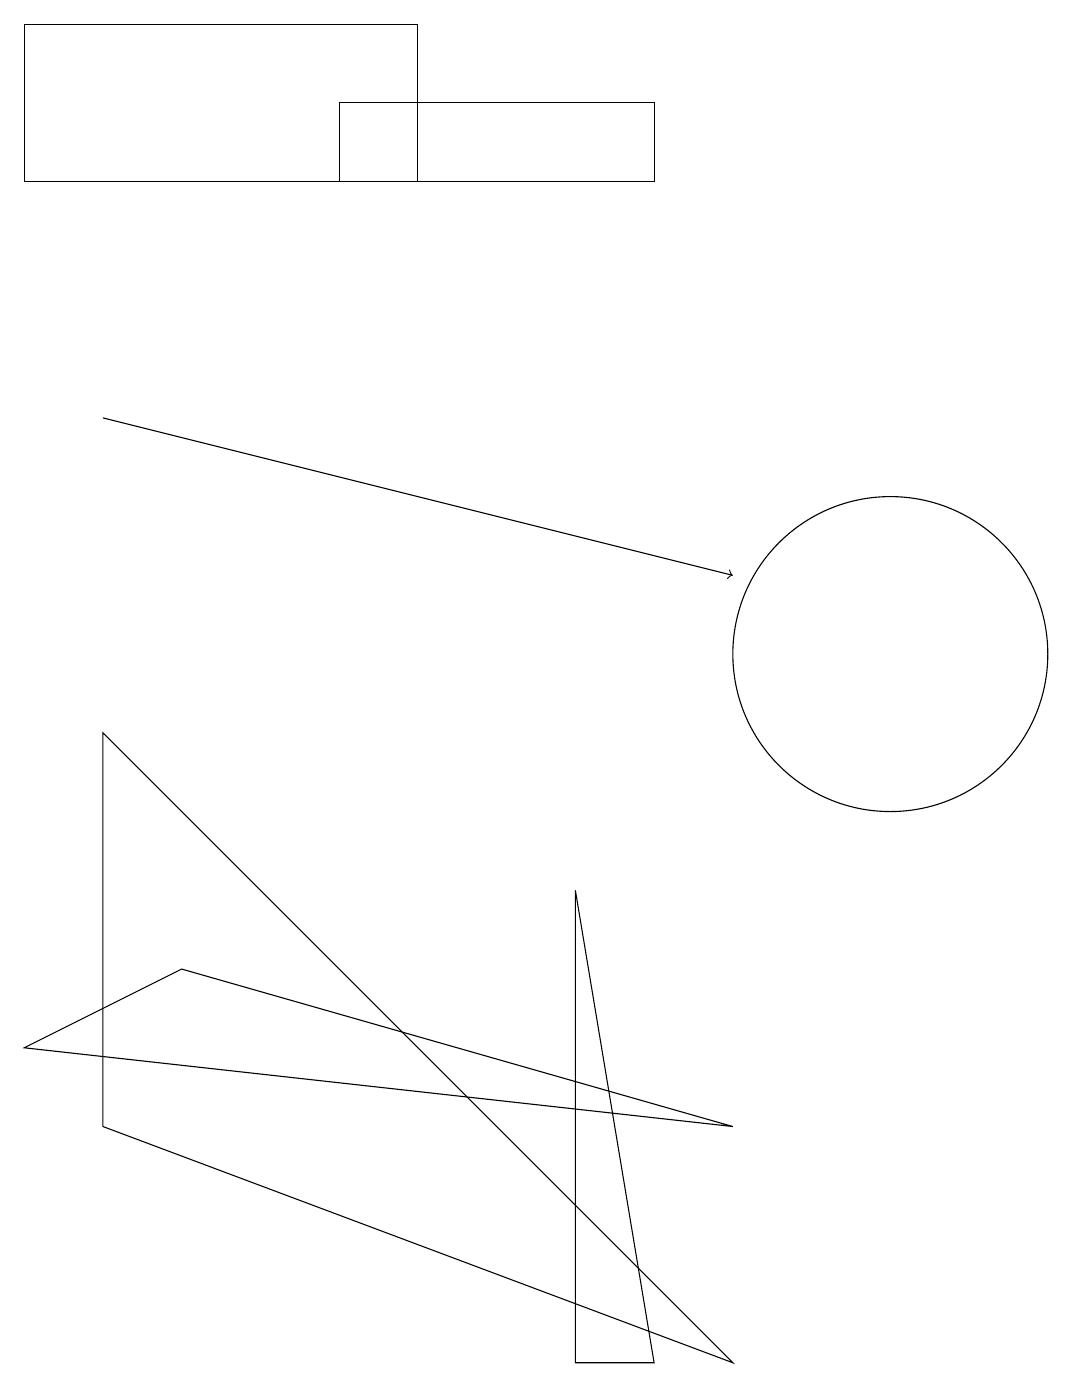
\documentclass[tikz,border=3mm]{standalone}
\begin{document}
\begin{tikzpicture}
\draw (11,10) circle (2);
\draw (4,17) rectangle (8,16);
\draw[->] (1,13) -- (9,11);
\draw (9,4) -- (2,6) -- (0,5) -- cycle;
\draw (8,1) -- (7,7) -- (7,1) -- cycle;
\draw (0,16) rectangle (5,18);
\draw (1,9) -- (1,4) -- (9,1) -- cycle;
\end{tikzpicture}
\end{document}